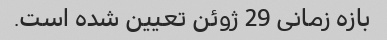
بازه زمانی 29 ژوئن تعیین شده است.